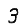
Digit: 3